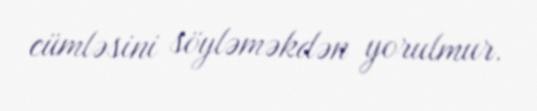
cümləsini söyləməkdən yorulmur.